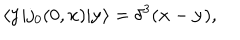
\langle { \bf y } | j _ { 0 } ( 0 , { \bf x } ) | { \bf y } \rangle = \delta ^ { 3 } ( { \bf x } - { \bf y } ) ,